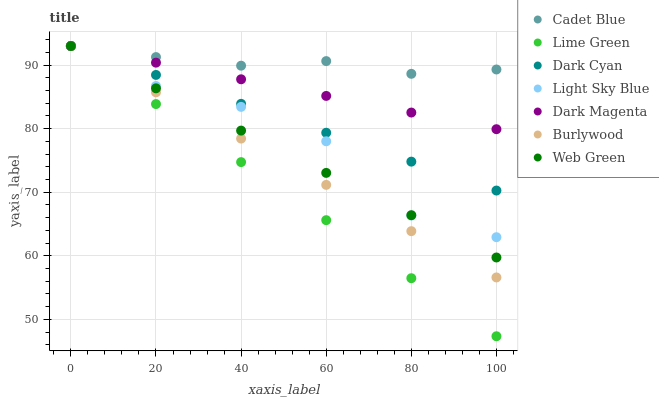
| xaxis_label | Cadet Blue | Lime Green | Dark Cyan | Light Sky Blue | Dark Magenta | Burlywood | Web Green |
 | --- | --- | --- | --- | --- | --- | --- | --- |
 | 0 | 93 | 93 | 93 | 93 | 93 | 93 | 93 |
 | 20 | 91.3 | 83.9 | 88.5 | 86.7 | 90.4 | 85.7 | 86.3 |
 | 40 | 89.9 | 74.7 | 83.9 | 83.4 | 87.8 | 78.4 | 79.7 |
 | 60 | 90.6 | 65.6 | 79.4 | 78 | 85.1 | 71.2 | 73 |
 | 80 | 88.6 | 56.5 | 74.8 | 66.3 | 82.5 | 63.9 | 66.4 |
 | 100 | 89.3 | 47.3 | 70.3 | 62.9 | 79.9 | 56.6 | 59.7 |